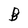
Character: B